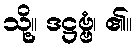
သို့။ ဒဋ္ဌဗ္ဗံ၊ ၏။